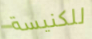
للكنيسة